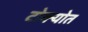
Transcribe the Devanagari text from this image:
टोक्योत